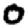
Digit: 0